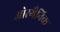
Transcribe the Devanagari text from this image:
ओरगैनिक